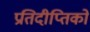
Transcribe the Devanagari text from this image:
प्रतिदीप्तिकों